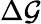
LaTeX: \Delta\mathcal{G}